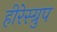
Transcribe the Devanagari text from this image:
हीरेस्ग्रुप